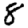
Digit: 8